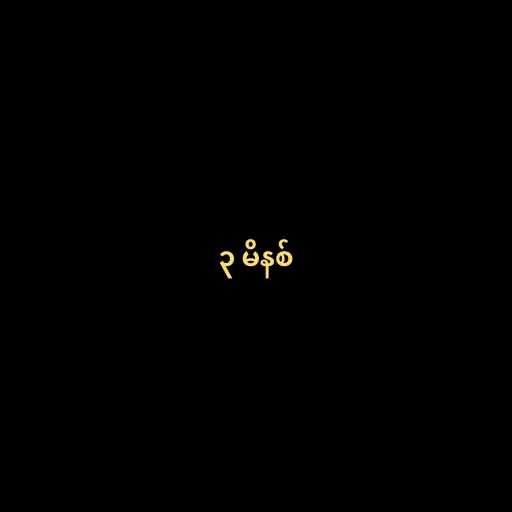
၃ မိနစ်